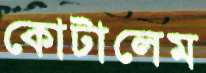
কোটালেম